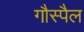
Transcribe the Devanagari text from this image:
गौस्पैल